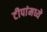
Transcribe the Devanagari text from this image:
टीपांमध्ये